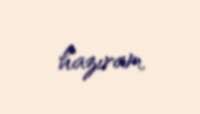
hazıram.